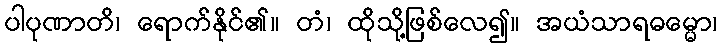
ပါပုဏာတိ၊ ရောက်နိုင်၏။ တံ၊ ထိုသို့ဖြစ်လေ၍။ အယံသာရဓမ္မော၊